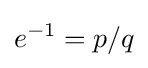
e^{-1}=p/q